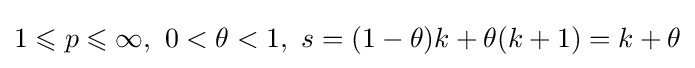
1\leqslant p\leqslant \infty ,\ 0<\theta <1,\ s=(1-\theta )k+\theta (k+1)=k+\theta